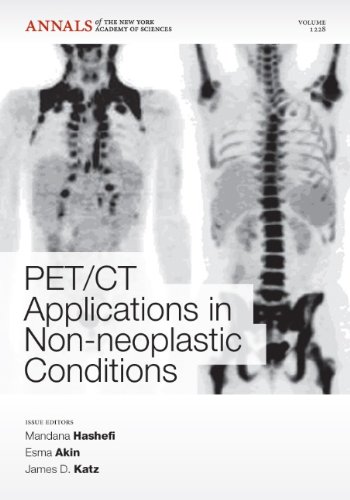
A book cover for PET CT Applications in Non-Neoplastic Conditions, Volume 1228 (Annals of the New York Academy of Sciences); Health, Fitness & Dieting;